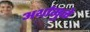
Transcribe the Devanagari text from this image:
अर्थामुळे